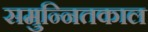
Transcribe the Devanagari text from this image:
समुन्नितकाल